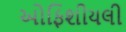
ઓફિશીયલી